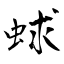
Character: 蛷